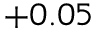
+ 0 . 0 5